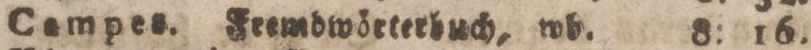
Campes. Ftembwörterbuch, wb. 8: 16.